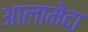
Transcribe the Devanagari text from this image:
आलामेदा